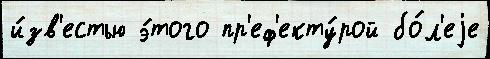
и́зв'естью э́того пр'еф'екту́рой бо́л'еjе